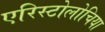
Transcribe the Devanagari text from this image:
एरिस्टोलोचिया